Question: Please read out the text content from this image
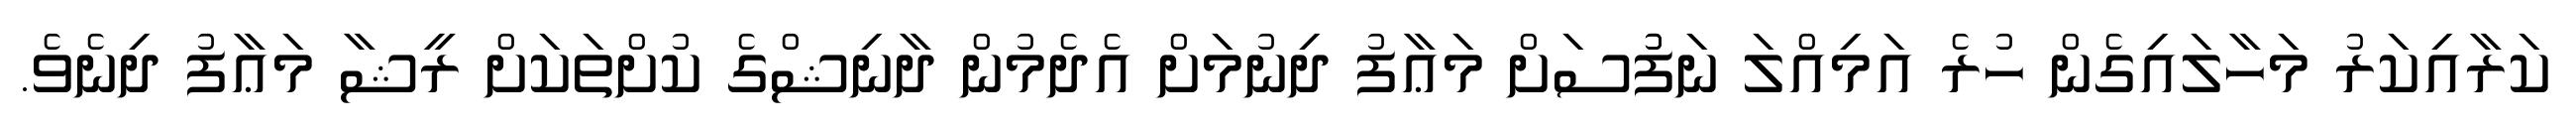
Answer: ކަރާއިކަރު މަހާލައިގެން ހުރެ އަމިއްލަ ނަފުުސަށް މަޢާފު ދިނުމަށް އެދެމުން ދާނިޝްގެ ކުށްތަކަށް ރީޝާ މަޢާފު ދިނެވެ.